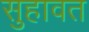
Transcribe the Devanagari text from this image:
सुहावत